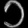
Digit: ၁